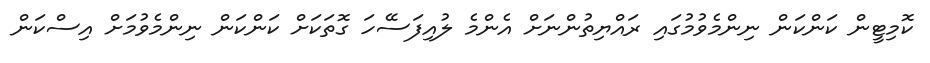
ކޮމިޓީން ކަންކަން ނިންމެވުމުގައި ރައްޔިތުންނަށް އެންމެ ލުއިފަސޭހަ ގޮތަކަށް ކަންކަން ނިންމެވުމަށް އިސްކަން